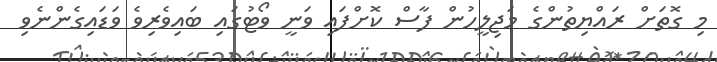
މި ގޮތަށް ރައްޔިތުންގެ މަޖިލީހުން ފާސް ކޮށްފައި ވަނީ ވޯޓުގައި ބައިވެރިވެ ވަޑައިގެންނެވި